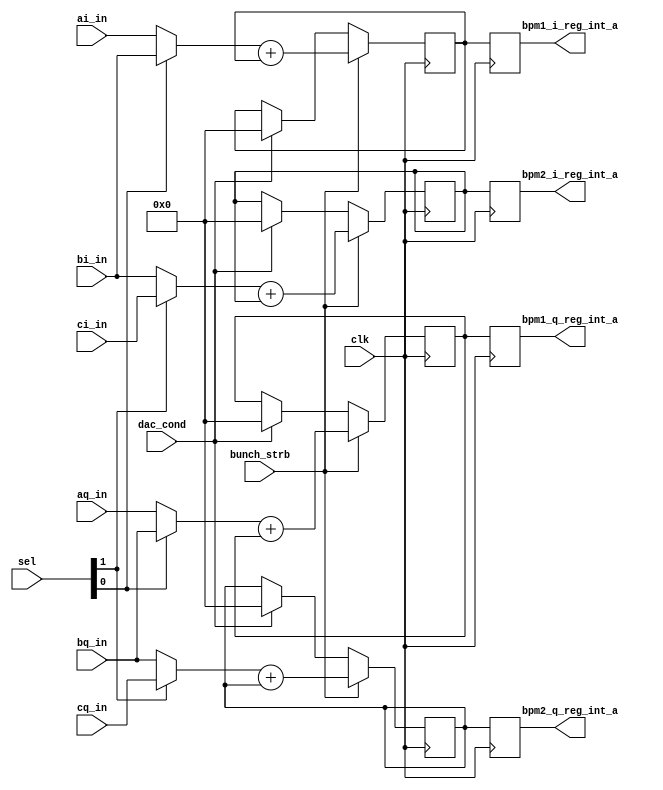
module MuxModule(
	input bunch_strb,
	input [1:0] sel,
   input signed [12:0] ai_in,
   input signed [12:0] aq_in,
   input signed [12:0] bi_in,
   input signed [12:0] bq_in,
   input signed [12:0] ci_in,
   input signed [12:0] cq_in,
	output reg signed [16:0] bpm1_q_reg_int_a, 
	output reg signed [16:0] bpm1_i_reg_int_a, 
	output reg signed [16:0] bpm2_q_reg_int_a, 
	output reg signed [16:0] bpm2_i_reg_int_a,
	input clk,
	input dac_cond
  
    );

//(* equivalent_register_removal = "no"*) reg [6:0] j;
wire signed [12:0] bpm1_i, bpm1_q, bpm2_i, bpm2_q; 
(* equivalent_register_removal = "no"*)reg signed [16:0] bpm1_i_reg_int,bpm1_q_reg_int,bpm2_i_reg_int,bpm2_q_reg_int;
initial begin 
bpm1_i_reg_int=0;
bpm1_q_reg_int=0;
bpm2_i_reg_int=0;
bpm2_q_reg_int=0;
end

// ***** Multiplexer unit *****               
assign bpm2_i = (sel[1])? ci_in: bi_in;
assign bpm2_q = (sel[1])? cq_in: bq_in;
assign bpm1_q = (sel[0])? bq_in: aq_in;
assign bpm1_i = (sel[0])? bi_in: ai_in;

// ***** Integrate over samples ***** 



always@(posedge clk) begin
bpm1_i_reg_int_a<=bpm1_i_reg_int;
bpm1_q_reg_int_a<=bpm1_q_reg_int;
bpm2_i_reg_int_a<=bpm2_i_reg_int;
bpm2_q_reg_int_a<=bpm2_q_reg_int;
if (bunch_strb) begin
bpm1_i_reg_int<=bpm1_i+bpm1_i_reg_int;
bpm1_q_reg_int<=bpm1_q+bpm1_q_reg_int;
bpm2_i_reg_int<=bpm2_i+bpm2_i_reg_int;
bpm2_q_reg_int<=bpm2_q+bpm2_q_reg_int;
//q_signal_int<=q_signal+q_signal_int;
end
else if (dac_cond) begin
bpm1_i_reg_int<=0;
bpm1_q_reg_int<=0;
bpm2_i_reg_int<=0;
bpm2_q_reg_int<=0;
//q_signal_int<=0;
end
end




endmodule